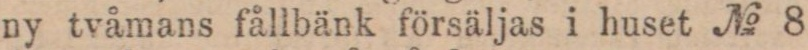
ny tvåmans fållbänk försäljas i huset № 8